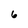
Character: 6